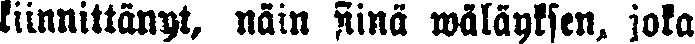
kiinnittänyt, näin siinä wäläyksen, joka